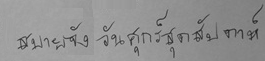
สบายจัง วันศุกร์สุดสัปดาห์